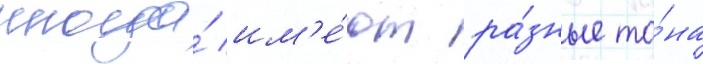
иногда́ им'е́ют ра́зные то́на